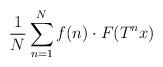
LaTeX: \begin{align*}\frac{1}{N}\sum_{n=1}^N f(n)\cdot F(T^nx)\end{align*}